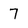
Character: 7